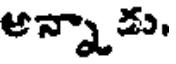
అన్నాడు.